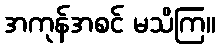
အကုန်အစင် မသိကြ။